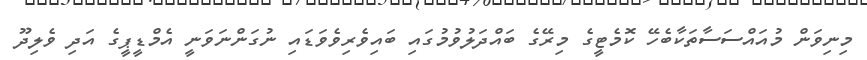
މިނިވަން މުއައްސަސާތަކާބެހޭ ކޮމެޓީގެ މިރޭގެ ބައްދަލުވުމުގައި ބައިވެރިވެވަޑައި ނުގަންނަވަނީ އެމްޑީޕީގެ އަދި ވެލިދޫ